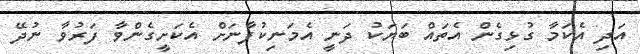
އަދި އެކަމާ ގުޅިގެން އެތައް ބަޔަކު ދަނީ އެމަނިކުފާނަށް އެކަށީގެންވާ ފަރުވާ ނުދޭ